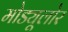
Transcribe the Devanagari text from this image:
मोड्यूलोर